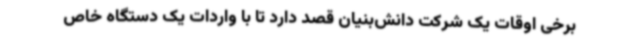
برخی اوقات یک شرکت دانش‌بنیان قصد دارد تا با واردات یک دستگاه خاص